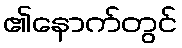
၏နောက်တွင်